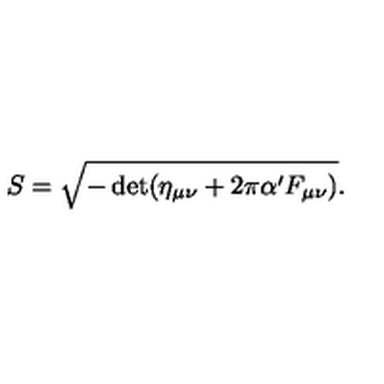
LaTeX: S = \sqrt { - \det ( \eta _ { \mu \nu } + 2 \pi \alpha ^ { \prime } F _ { \mu \nu } ) } .